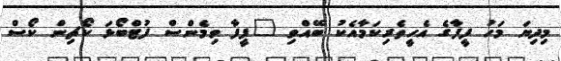
މިދިޔަ މަހު ފީފާގެ އެހީތެރިކަމާއެކު ބޭއްވި "ފީފާ ވިމެންސް ފުޓްބޯޅަ ކޯޗިން ކޯސް